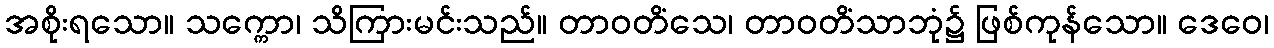
အစိုးရသော။ သက္ကော၊ သိကြားမင်းသည်။ တာဝတိံသေ၊ တာဝတိံသာဘုံ၌ ဖြစ်ကုန်သော။ ဒေဝေ၊